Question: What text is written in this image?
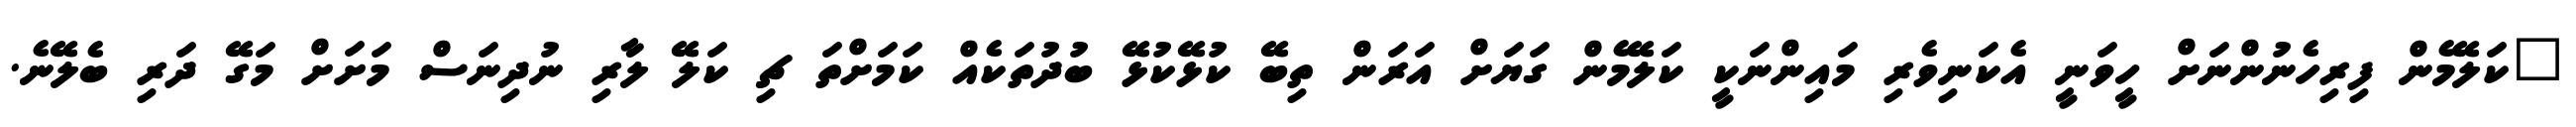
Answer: "ކަލޭމެން ފިރިހެނުންނަށް ހީވަނީ އެކަނިވެރި މައިންނަކީ ކަލޭމެން ގަޔަށް އަރަން ތިބޭ ކުޅޭކުޅޭ ބުދުތަކެއް ކަމަށްތަ ޗި ކަލޭ ލާރި ނުދިނަސް މަށަށް މަގޭ ދަރި ބެލޭނެ.